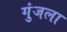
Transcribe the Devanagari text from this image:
गुंजला